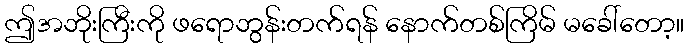
ဤအဘိုးကြီးကို ဖရောဘွန်းတက်ရန် နောက်တစ်ကြိမ် မခေါ်တော့။